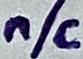
Text: n/c